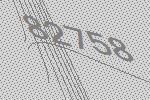
82758